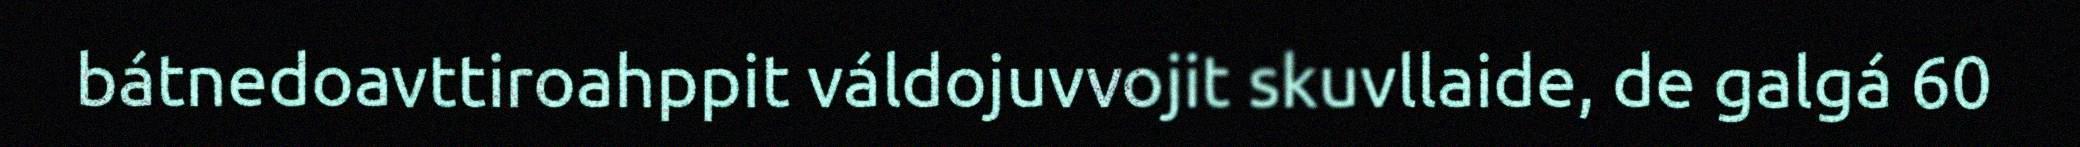
bátnedoavttiroahppit váldojuvvojit skuvllaide, de galgá 60